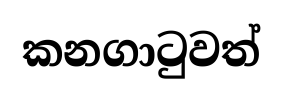
කනගාටුවත්